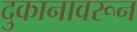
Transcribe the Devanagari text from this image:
दुकानावरून